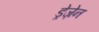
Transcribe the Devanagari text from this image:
ड्रेज़ेन